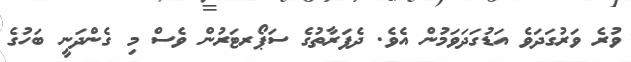
ވުރެ ވަރުގަދަވެ އަޑުގަދަވަމުން އެވެ. ދެފަރާތުގެ ސަޕޯރޓަރުން ވެސް މި ގެންދަނީ ބަހުގެ